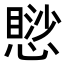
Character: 𢡸